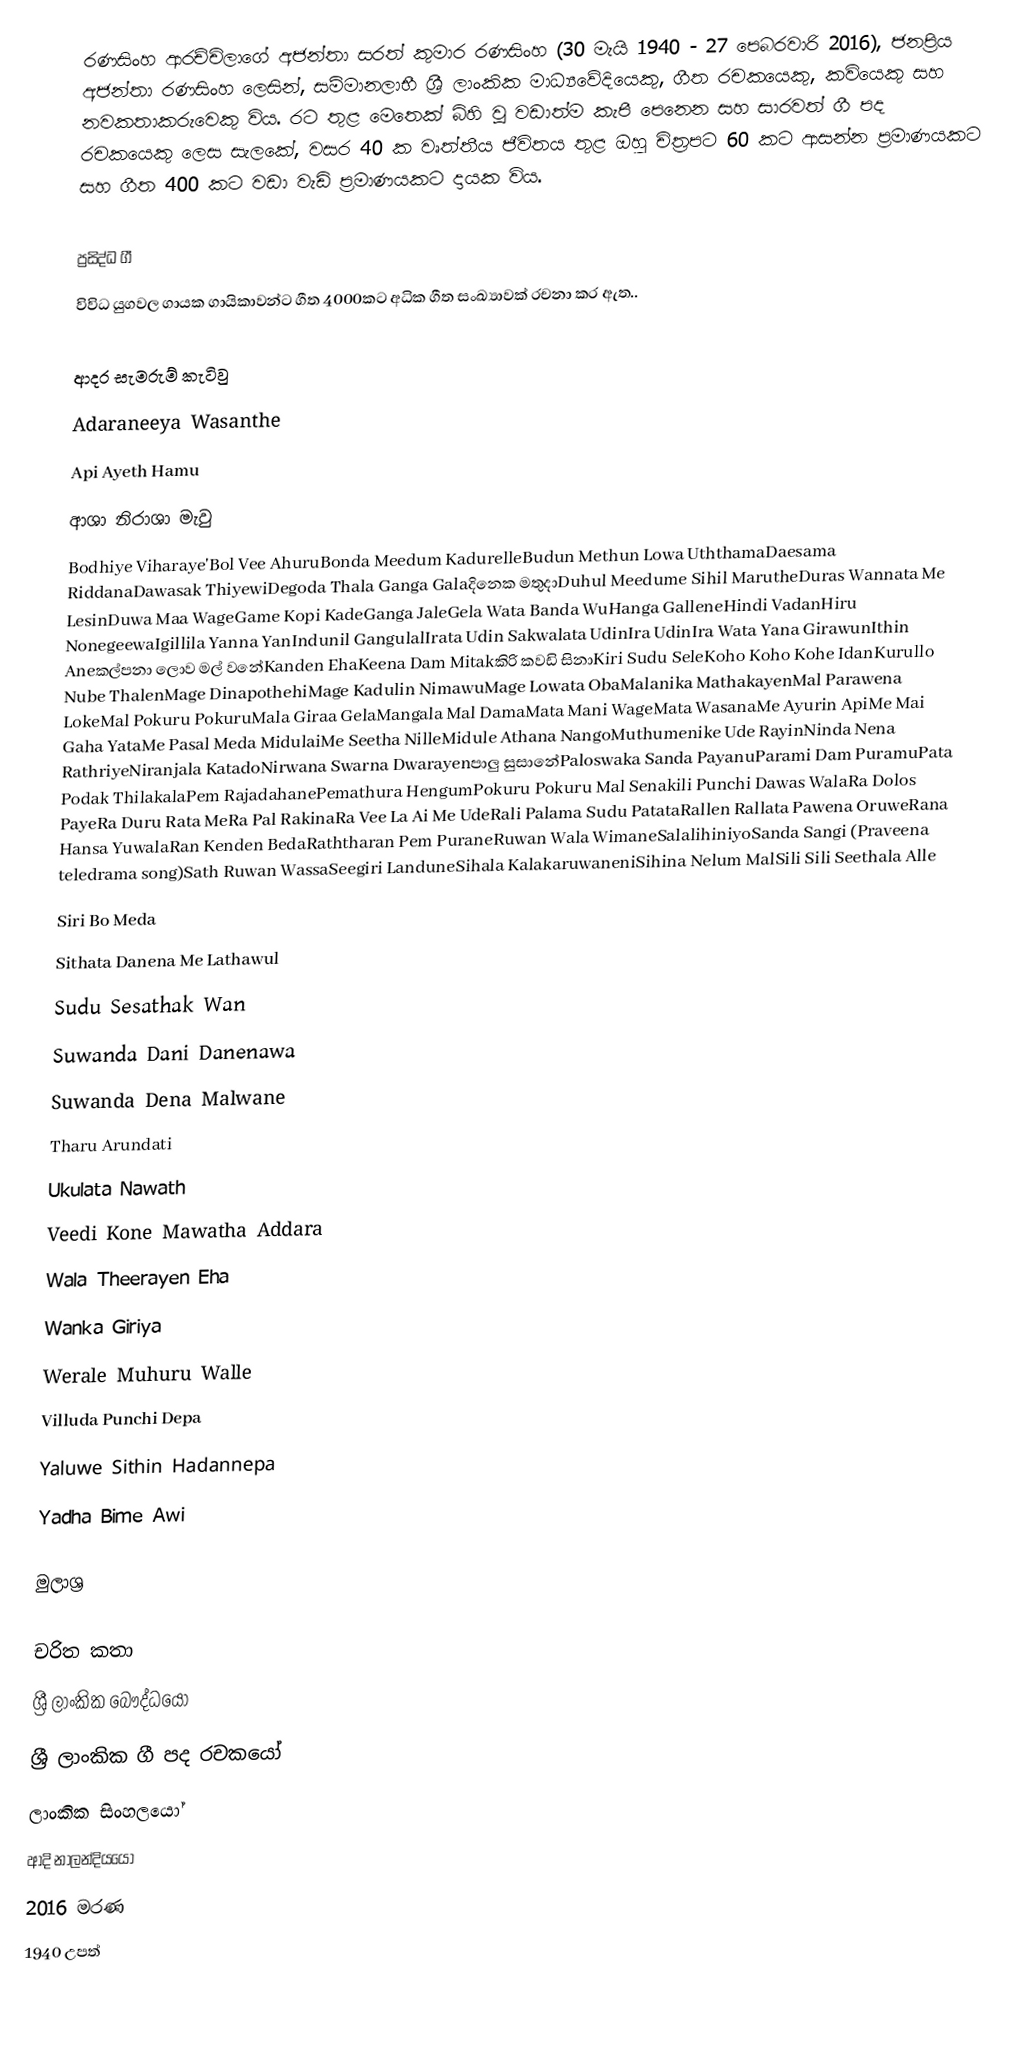
රණසිංහ ආරච්චිලාගේ අජන්තා සරත් කුමාර රණසිංහ (30 මැයි 1940 - 27 පෙබරවාරි 2016), ජනප්‍රිය අජන්තා රණසිංහ ලෙසින්, සම්මානලාභී ශ්‍රී ලාංකික මාධ්‍යවේදියෙකු, ගීත රචකයෙකු, කවියෙකු සහ නවකතාකරුවෙකු විය.  රට තුළ මෙතෙක් බිහි වූ වඩාත්ම කැපී පෙනෙන  සහ සාරවත් ගී පද රචකයෙකු ලෙස සැලකේ, වසර 40 ක වෘත්තීය ජීවිතය තුළ ඔහු චිත්‍රපට 60 කට ආසන්න ප්‍රමාණයකට සහ ගීත 400 කට වඩා වැඩි ප්‍රමාණයකට දායක විය.

ප්‍රසිද්ධ ගී
විවිධ යුගවල ගායක ගායිකාවන්ට ගීත 4000කට අධික ගීත සංඛ්‍යාවක් රචනා කර ඇත..

ආදර සැමරුම් කැටිවු
Adaraneeya Wasanthe
Api Ayeth Hamu
ආශා නිරාශා මැවු
Bodhiye Viharaye'Bol Vee AhuruBonda Meedum KadurelleBudun Methun Lowa UththamaDaesama RiddanaDawasak ThiyewiDegoda Thala Ganga Galaදිනෙක මතුදාDuhul Meedume Sihil MarutheDuras Wannata Me LesinDuwa Maa WageGame Kopi KadeGanga JaleGela Wata Banda WuHanga GalleneHindi VadanHiru NonegeewaIgillila Yanna YanIndunil GangulalIrata Udin Sakwalata UdinIra UdinIra Wata Yana GirawunIthin Aneකල්පනා ලොව මල් වනේKanden EhaKeena Dam Mitakකිරි කවඩි සිනාKiri Sudu SeleKoho Koho Kohe IdanKurullo Nube ThalenMage DinapothehiMage Kadulin NimawuMage Lowata ObaMalanika MathakayenMal Parawena LokeMal Pokuru PokuruMala Giraa GelaMangala Mal DamaMata Mani WageMata WasanaMe Ayurin ApiMe Mai Gaha YataMe Pasal Meda MidulaiMe Seetha NilleMidule Athana NangoMuthumenike Ude RayinNinda Nena RathriyeNiranjala KatadoNirwana Swarna Dwarayenපාලු සුසානේPaloswaka Sanda PayanuParami Dam PuramuPata Podak ThilakalaPem RajadahanePemathura HengumPokuru Pokuru Mal Senakili Punchi Dawas WalaRa Dolos PayeRa Duru Rata MeRa Pal RakinaRa Vee La Ai Me UdeRali Palama Sudu PatataRallen Rallata Pawena OruweRana Hansa YuwalaRan Kenden BedaRaththaran Pem PuraneRuwan Wala WimaneSalalihiniyoSanda Sangi (Praveena teledrama song)Sath Ruwan WassaSeegiri LanduneSihala KalakaruwaneniSihina Nelum MalSili Sili Seethala Alle
Siri Bo Meda
Sithata Danena Me Lathawul
Sudu Sesathak Wan
Suwanda Dani Danenawa
Suwanda Dena Malwane
Tharu Arundati
Ukulata Nawath
Veedi Kone Mawatha Addara
Wala Theerayen Eha
Wanka Giriya
Werale Muhuru Walle
Villuda Punchi Depa
Yaluwe Sithin Hadannepa
Yadha Bime Awi

මුලාශ්‍ර

චරිත කතා
ශ්‍රී ලාංකික බෞද්ධයෝ
ශ්‍රී ලාංකික ගී පද රචකයෝ
ලාංකික සිංහලයෝ
ආදි නාලන්දියයෝ
2016 මරණ
1940 උපත්